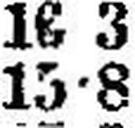
15•8